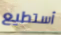
أستطيع